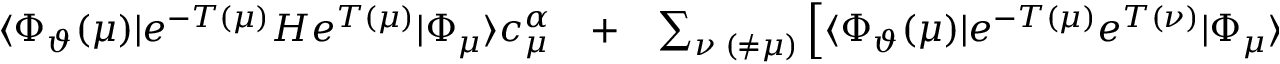
\begin{array} { r l r } { \langle \Phi _ { \vartheta } ( \mu ) | e ^ { - T ( \mu ) } H e ^ { T ( \mu ) } | \Phi _ { \mu } \rangle c _ { \mu } ^ { \alpha } } & { { } + } & { \sum _ { \nu \; ( \neq \mu ) } \left[ \langle \Phi _ { \vartheta } ( \mu ) | e ^ { - T ( \mu ) } e ^ { T ( \nu ) } | \Phi _ { \mu } \rangle H _ { \mu \nu } ^ { \mathrm { e f f } } c _ { \nu } ^ { \alpha } \right. - } \end{array}